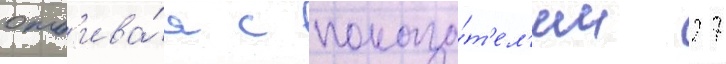
отб'ива́я с показа́т'ел'ем 27